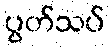
ပွတ်သပ်